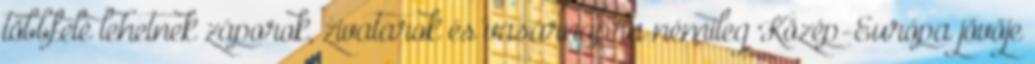
többfelé lehetnek záporok, zivatarok és vasárnapra némileg Közép-Európa jövője